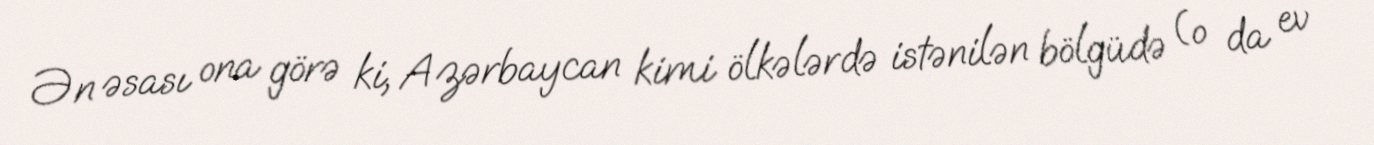
Ən əsası ona görə ki, Azərbaycan kimi ölkələrdə istənilən bölgüdə (o da ev